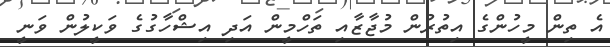
އެ ތިން މީހުންގެ އިތުރުން މުޖާޒާއި ތަހްމީން އަދި އިޝްހާގުގެ ވަކީލުން ވަނީ